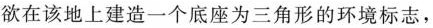
欲在该地上建造一个底座为三角形的环境标志，